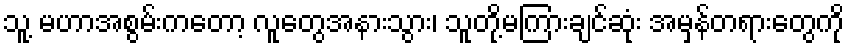
သူ့ မဟာအစွမ်းကတော့ လူတွေအနားသွား၊ သူတို့မကြားချင်ဆုံး အမှန်တရားတွေကို